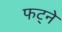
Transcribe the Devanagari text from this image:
फट्ने